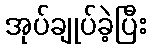
အုပ်ချုပ်ခဲ့ပြီး